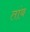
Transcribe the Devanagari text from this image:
तांब